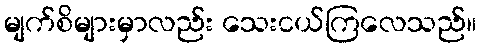
မျက်စိများမှာလည်း သေးငယ်ကြလေသည်။